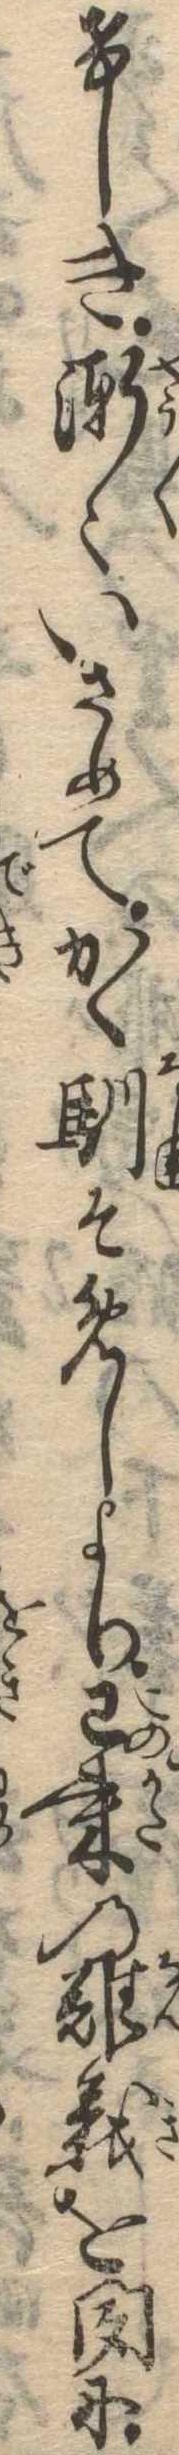
けしき漸〻いさめてかく馴そめしより已来の難義を聞に